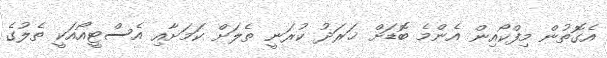
އެގޮތުން މިފްކޯއިން އެންމެ ބޮޑަށް ޚަރަދު ކުރަނީ ތެލަށް ކަމަށާއި އެސްޓީއޯއަކީ ތެލުގެ